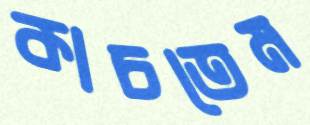
কাচতেম